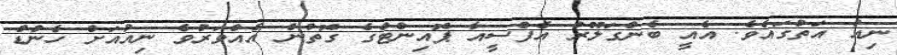
ނިއު އަތުގައެވެ. އެއީ ބެންގަލޫރު އެފްސީއާ ޕޮއިންޓްގެ ގޮތުން އެއްވަރުވެ ނިއުއަށް ހެންޑް